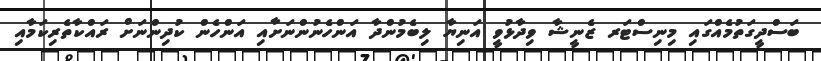
ބަސްދީގަތުމެއްގައި މިނިސްޓަރ ޒެނީޝާ ވިދާޅުވީ އަނިޔާ ލިބެމުންދާ އަންހެނުންނަށާއި އަންހެން ކުދިންނަށް ރައްކާތެރިކަމާއި